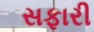
સફારી